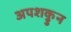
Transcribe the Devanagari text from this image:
अपशकुुन